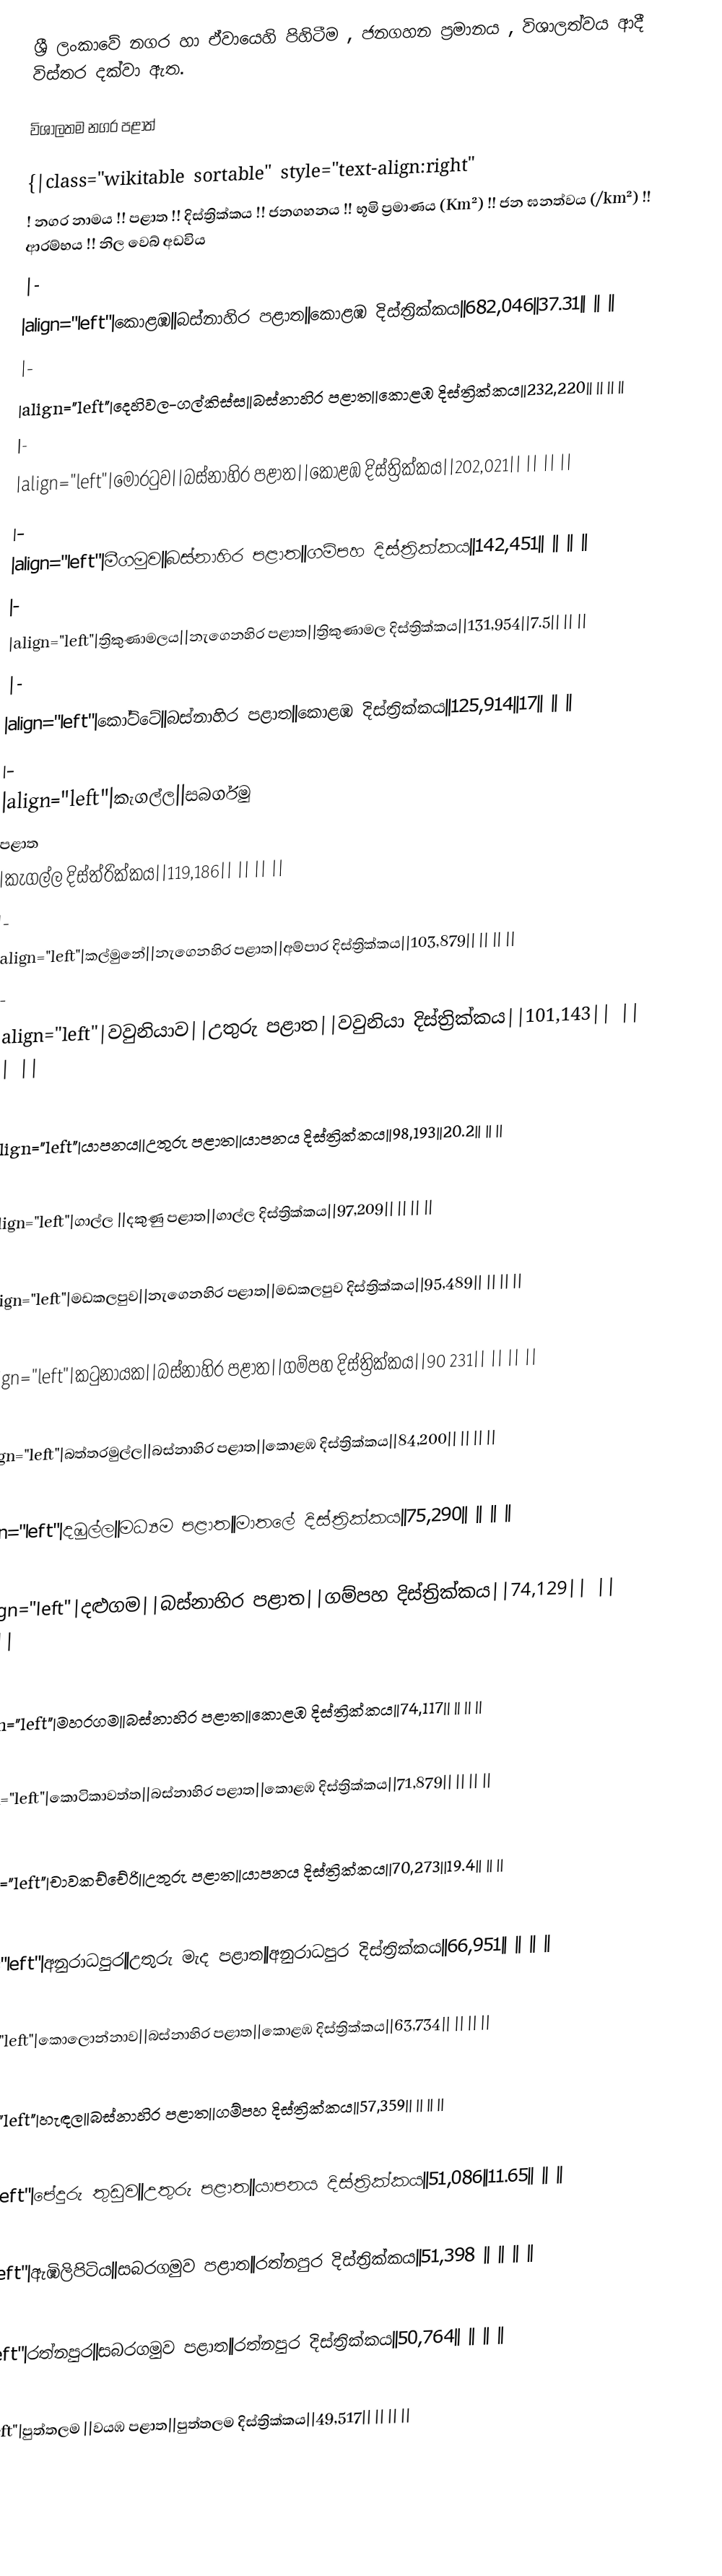
ශ්‍රී ලංකාවේ නගර හා ඒවායෙහි පිහිටීම , ජනගහන ප්‍රමානය , විශාලත්වය ආදී විස්තර දක්වා ඇත.

විශාලතම නගර පළාත්

{|class="wikitable sortable" style="text-align:right"
! නගර නාමය !! පළාත !! දිස්ත්‍රික්කය !! ජනගහනය !! භූමි ප්‍රමාණය (Km²) !! ජන ඝනත්වය (/km²) !! ආරම්භය !! නිල වෙබ් අඩවිය
|-
|align="left"|කොළඹ||බස්නාහිර පළාත||කොළඹ දිස්ත්‍රික්කය||682,046||37.31|| || ||
|-
|align="left"|දෙහිවල-ගල්කිස්ස||බස්නාහිර පළාත||කොළඹ දිස්ත්‍රික්කය||232,220|| || || ||
|-
|align="left"|මොරටුව||බස්නාහිර පළාත||කොළඹ දිස්ත්‍රික්කය||202,021|| || || ||
|-
|align="left"|මීගමුව||බස්නාහිර පළාත||ගම්පහ දිස්ත්‍රික්කය||142,451|| || || ||
|-
|align="left"|ත්‍රිකුණාමලය||නැගෙනහිර පළාත||ත්‍රිකුණාමල දිස්ත්‍රික්කය||131,954||7.5|| || ||
|-
|align="left"|කෝට්ටේ||බස්නාහිර පළාත||කොළඹ දිස්ත්‍රික්කය||125,914||17|| || ||
|-
|align="left"|කැගල්ල||සබර්ගමු
පළාත
|කැගල්ල දිස්ත්රික්කය||119,186|| || || ||
|-
|align="left"|කල්මුනේ||නැගෙනහිර පළාත||අම්පාර දිස්ත්‍රික්කය||103,879|| || || ||
|-
|align="left"|වවුනියාව||උතුරු පළාත||වවුනියා දිස්ත්‍රික්කය||101,143|| || || ||
|-
|align="left"|යාපනය||උතුරු පළාත||යාපනය දිස්ත්‍රික්කය||98,193||20.2|| || ||
|-
|align="left"|ගාල්ල ||දකුණු පළාත||ගාල්ල දිස්ත්‍රික්කය||97,209|| || || ||
|-
|align="left"|මඩකලපුව||නැගෙනහිර පළාත||මඩකලපුව දිස්ත්‍රික්කය||95,489|| || || ||
|-
|align="left"|කටුනායක||බස්නාහිර පළාත||ගම්පහ දිස්ත්‍රික්කය||90 231|| || || ||
|-
|align="left"|බත්තරමුල්ල||බස්නාහිර පළාත||කොළඹ දිස්ත්‍රික්කය||84,200|| || || ||
|-
|align="left"|දඹුල්ල||මධ්‍යම පළාත||මාතලේ දිස්ත්‍රික්කය||75,290|| || || ||
|-
|align="left"|දළුගම||බස්නාහිර පළාත||ගම්පහ දිස්ත්‍රික්කය||74,129|| || || ||
|-
|align="left"|මහරගම||බස්නාහිර පළාත||කොළඹ දිස්ත්‍රික්කය||74,117|| || || ||
|-
|align="left"|කොටිකාවත්ත||බස්නාහිර පළාත||කොළඹ දිස්ත්‍රික්කය||71,879|| || || ||
|-
|align="left"|චාවකච්චේරි||උතුරු පළාත||යාපනය දිස්ත්‍රික්කය||70,273||19.4|| || ||
|-
|align="left"|අනුරාධපුර||උතුරු මැද පළාත||අනුරාධපුර දිස්ත්‍රික්කය||66,951|| || || ||
|-
|align="left"|කොලොන්නාව||බස්නාහිර පළාත||කොළඹ දිස්ත්‍රික්කය||63,734|| || || ||
|-
|align="left"|හැඳල||බස්නාහිර පළාත||ගම්පහ දිස්ත්‍රික්කය||57,359|| || || ||
|-
|align="left"|පේදුරු තුඩුව||උතුරු පළාත||යාපනය දිස්ත්‍රික්කය||51,086||11.65|| || ||
|-
|align="left"|ඇඹිලිපිටිය||සබරගමුව පළාත||රත්නපුර දිස්ත්‍රික්කය||51,398	|| || || ||
|-
|align="left"|රත්නපුර||සබරගමුව පළාත||රත්නපුර දිස්ත්‍රික්කය||50,764|| || || ||
|-
|align="left"|පුත්තලම ||වයඹ පළාත||පුත්තලම දිස්ත්‍රික්කය||49,517|| || || ||
|-
|align